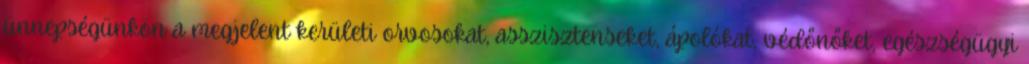
ünnepségünkön a megjelent kerületi orvosokat, asszisztenseket, ápolókat, védőnőket, egészségügyi